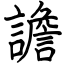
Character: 譫